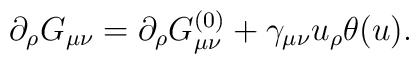
\partial _\rho G_{\mu \nu }=\partial _\rho G_{\mu \nu}^{(0)}+\gamma _{\mu \nu }u_\rho \theta (u).